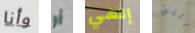
وأنا أو إلهي التي